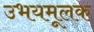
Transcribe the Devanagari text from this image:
उभयमूलक